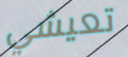
تعيشي